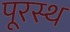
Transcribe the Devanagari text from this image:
पूरस्थ